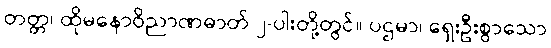
တတ္တ၊ ထိုမနောဝိညာဏဓာတ် ၂-ပါးတို့တွင်။ ပဌမာ၊ ရှေးဦးစွာသော